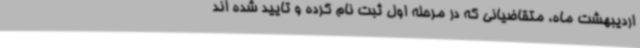
اردیبهشت ماه، متقاضیانی که در مرحله اول ثبت نام کرده و تایید شده اند